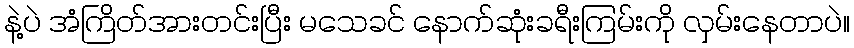
နဲ့ပဲ အံကြိတ်အားတင်းပြီး မသေခင် နောက်ဆုံးခရီးကြမ်းကို လှမ်းနေတာပဲ။